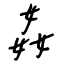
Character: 姦